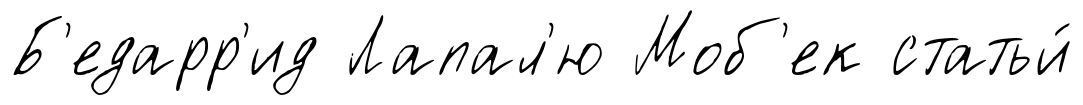
Б'едарр'ид Лапал'ю Моб'ек статьи́